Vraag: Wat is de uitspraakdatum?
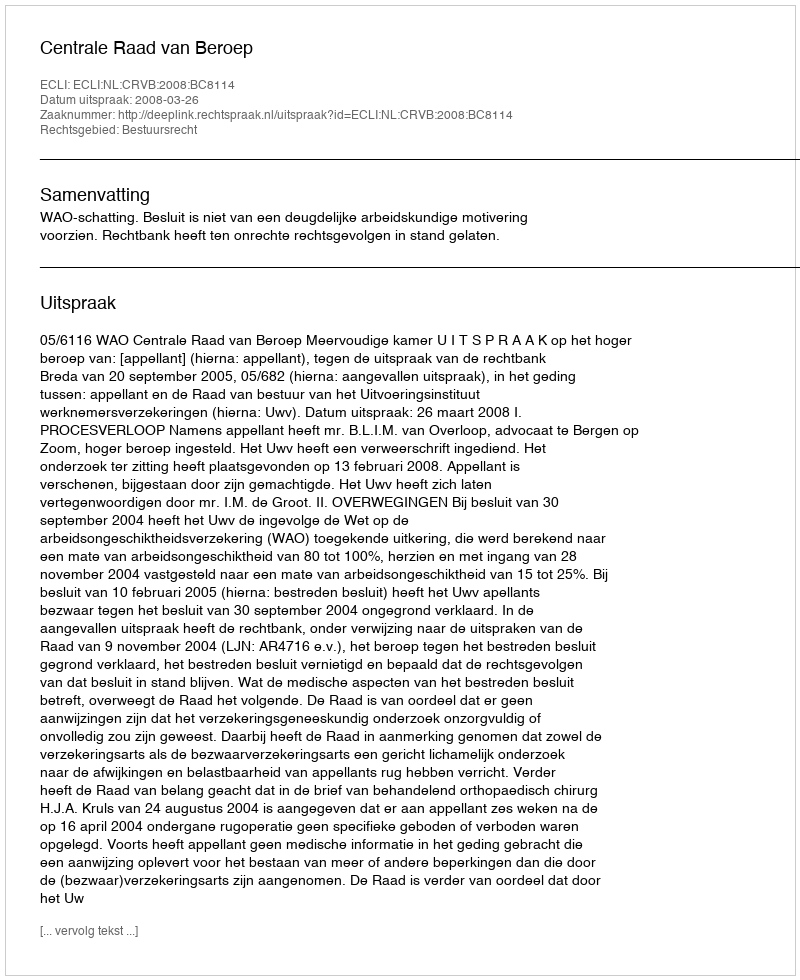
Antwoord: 2008-03-26